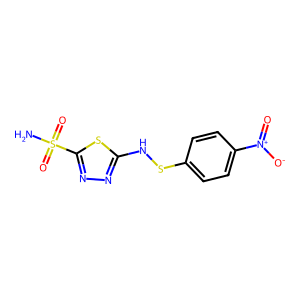
SMILES: NS(=O)(=O)c1nnc(NSc2ccc([N+](=O)[O-])cc2)s1
Inhibits HIV replication: No